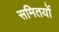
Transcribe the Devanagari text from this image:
समितयों